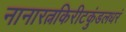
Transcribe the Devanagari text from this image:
नानारत्नकिरीटकुंडलधरं